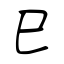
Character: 巳